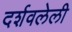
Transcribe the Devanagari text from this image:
दर्शवलेली